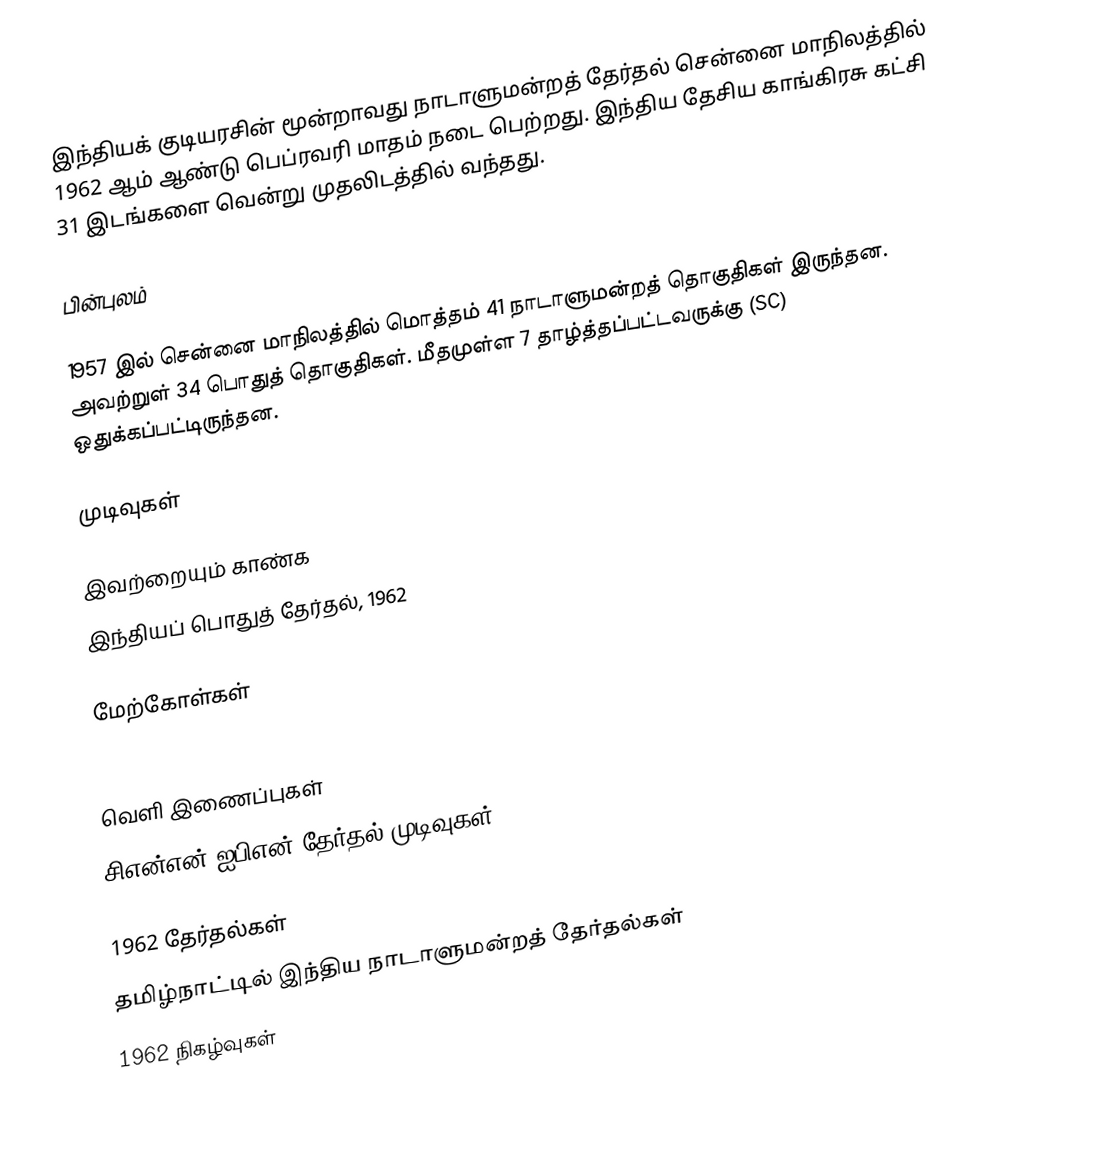
இந்தியக் குடியரசின் மூன்றாவது நாடாளுமன்றத் தேர்தல் சென்னை மாநிலத்தில் 1962 ஆம் ஆண்டு பெப்ரவரி மாதம் நடை பெற்றது. இந்திய தேசிய காங்கிரசு கட்சி 31 இடங்களை வென்று முதலிடத்தில் வந்தது.

பின்புலம்

1957 இல் சென்னை மாநிலத்தில் மொத்தம் 41 நாடாளுமன்றத் தொகுதிகள் இருந்தன. அவற்றுள் 34 பொதுத் தொகுதிகள். மீதமுள்ள 7 தாழ்த்தப்பட்டவருக்கு (SC) ஒதுக்கப்பட்டிருந்தன.

முடிவுகள்

இவற்றையும் காண்க
இந்தியப் பொதுத் தேர்தல், 1962

மேற்கோள்கள்
Indian general election, 3rd Lok Sabha

வெளி இணைப்புகள்
 சிஎன்என்-ஐபிஎன் தேர்தல் முடிவுகள்

1962 தேர்தல்கள்
தமிழ்நாட்டில் இந்திய நாடாளுமன்றத் தேர்தல்கள்
1962 நிகழ்வுகள்